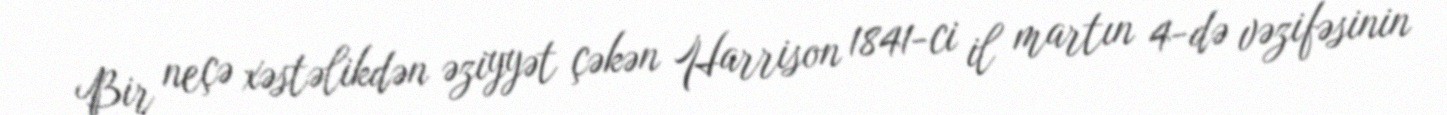
Bir neçə xəstəlikdən əziyyət çəkən Harrison 1841-ci il martın 4-də vəzifəsinin